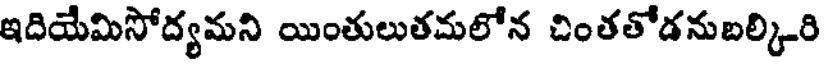
ఇదియేమిసోద్యమని యింతులుతమలోన చింతతోడనుబల్కిరి